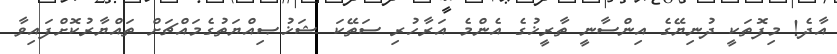
އާދެ! މިފޮތަކީ ދުނިޔޭގެ އިންސާނީ ތާރީޚުގެ އެންމެ އަރާހުރި ސަތޭކަ ޝަޚުޞިއްޔަތުގެމައްޗަށް ތައްޔާރުކޮށްފައިވާ